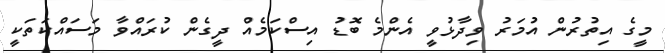
މީގެ އިތުރުން އުމަރު ވިދާޅުވީ އެންމެ ބޮޑު އިސްކަމެއް ދީގެން ކުރައްވާ މަސައްކަތަކީ